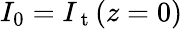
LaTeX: I_{0}=I_{\mathrm{~t~}}(z=0)